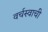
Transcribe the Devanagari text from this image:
वर्चस्वाची